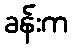
ခန်းက